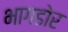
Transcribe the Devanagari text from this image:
भागडोर